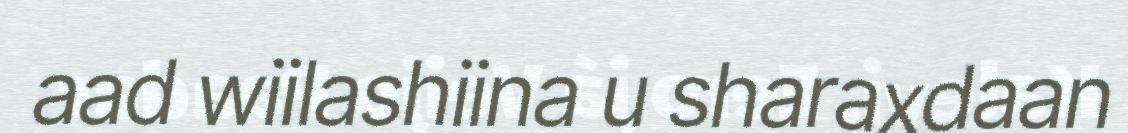
aad wiilashiina u sharaxdaan